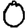
Digit: 0